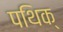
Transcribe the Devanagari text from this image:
पथिक्‌